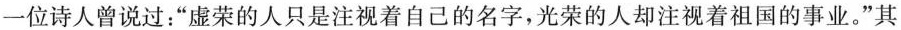
一位诗人曾说过：”虚荣的人只是注视着自己的名字，光荣的人却注视着祖国的事业。”其